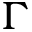
\Gamma